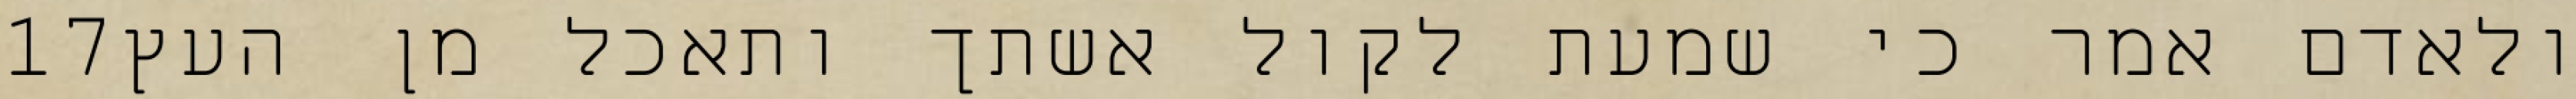
‎17‏ ולאדם אמר כי שמעת לקול אשתך ותאכל מן העץ